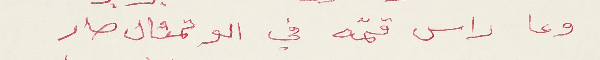
وعا راس قمّه في الو تمثال صار